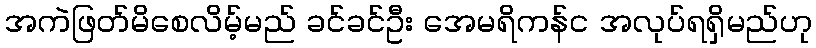
အကဲဖြတ်မိစေလိမ့်မည် ခင်ခင်ဦး အေမရိကန်င အလုပ်ရရှိမည်ဟု